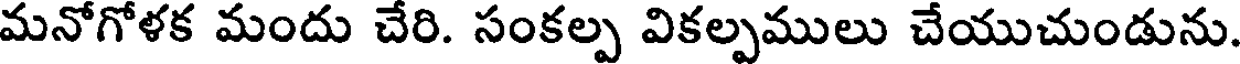
మనోగోళక మందు చేరి. సంకల్ప వికల్పములు చేయుచుండును.